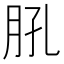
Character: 𦙥